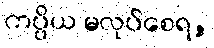
ကပ္ပိယ မလုပ်စေရ,